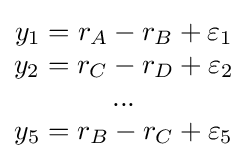
{\begin{matrix}y_{1}=r_{A}-r_{B}+\varepsilon _{1}\\y_{2}=r_{C}-r_{D}+\varepsilon _{2}\\...\\y_{5}=r_{B}-r_{C}+\varepsilon _{5}\\\end{matrix}}